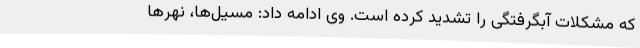
که مشکلات آبگرفتگی را تشدید کرده است. وی ادامه داد: مسیل‌ها، نهرها